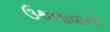
ઉથલાવાનો